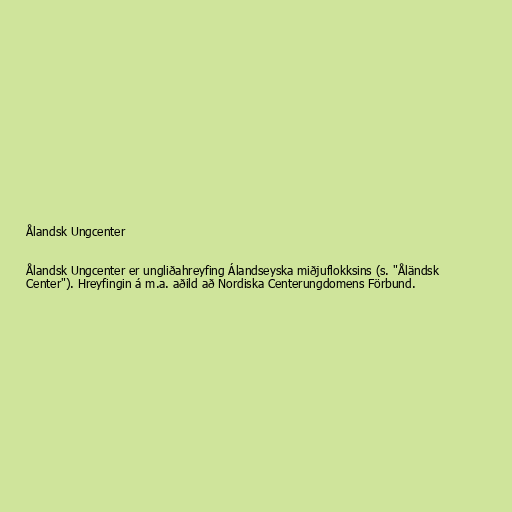
Ålandsk Ungcenter

Ålandsk Ungcenter er ungliðahreyfing Álandseyska miðjuflokksins (s. "Åländsk
Center"). Hreyfingin á m.a. aðild að Nordiska Centerungdomens Förbund.